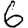
Digit: 6